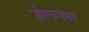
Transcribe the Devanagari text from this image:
डोमाकार